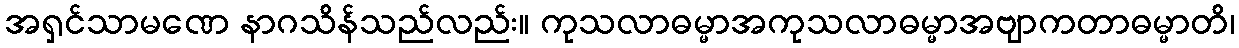
အရှင်သာမဏေ နာဂသိန်သည်လည်း။ ကုသလာဓမ္မာအကုသလာဓမ္မာအဗျာကတာဓမ္မာတိ၊